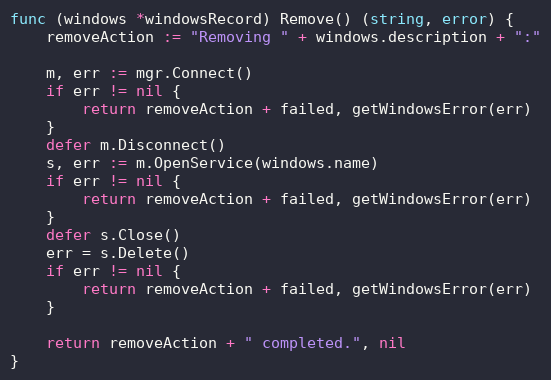
Language: Go
func (windows *windowsRecord) Remove() (string, error) {
	removeAction := "Removing " + windows.description + ":"

	m, err := mgr.Connect()
	if err != nil {
		return removeAction + failed, getWindowsError(err)
	}
	defer m.Disconnect()
	s, err := m.OpenService(windows.name)
	if err != nil {
		return removeAction + failed, getWindowsError(err)
	}
	defer s.Close()
	err = s.Delete()
	if err != nil {
		return removeAction + failed, getWindowsError(err)
	}

	return removeAction + " completed.", nil
}